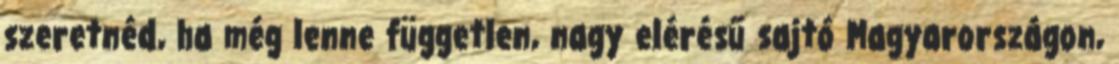
szeretnéd, ha még lenne független, nagy elérésű sajtó Magyarországon,